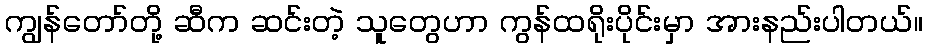
ကျွန်တော်တို့ ဆီက ဆင်းတဲ့ သူတွေဟာ ကွန်ထရိုးပိုင်းမှာ အားနည်းပါတယ်။